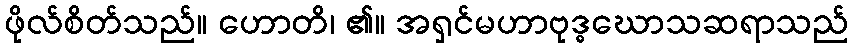
ဖိုလ်စိတ်သည်။ ဟောတိ၊ ၏။ အရှင်မဟာဗုဒ္ဓဃောသဆရာသည်